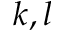
k , l